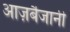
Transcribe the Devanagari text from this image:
आज़र्बैजानी